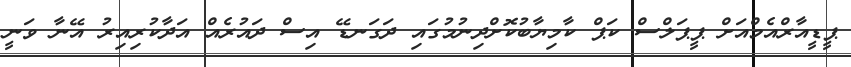
ޕީޑީއާރްއެމްއަށް ޕީޕަލްސް ކަޕް ކާމިޔާބުކޮށްދިނުމުގައި ދަގަނޑޭ އިސް ދައުރެއް އަދާކުރިއިރު އޭނާ ވަނީ